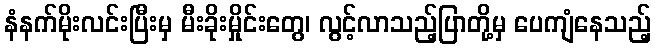
နံနက်မိုးလင်းပြီးမှ မီးခိုးမှိုင်းတွေ၊ လွင့်လာသည့်ပြာတို့မှ ပေကျံနေသည့်